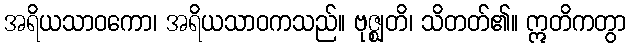
အရိယသာဝကော၊ အရိယသာဝကသည်။ ဗုဇ္ဈတိ၊ သိတတ်၏။ ဣတိကတွာ